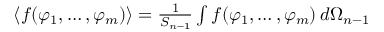
\begin{array} { r l r } { \! \! \! } & { { } } & { \langle f ( \varphi _ { 1 } , \ldots , \varphi _ { m } ) \rangle = \frac { 1 } { S _ { n - 1 } } \int f ( \varphi _ { 1 } , \ldots , \varphi _ { m } ) \, d \Omega _ { n - 1 } } \end{array}